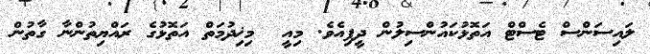
ލައިސަންސް ޓެސްޓް އަތޮޅުކައުންސިލުން ދީފިއެވެ. މިއީ  މިޚިދުމަތް އަތޮޅުގެ ރައްޔިތުންނާ ގާތުން